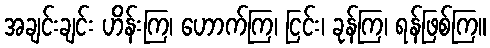
အချင်းချင်း ဟိန်းကြ၊ ဟောက်ကြ၊ ငြင်း၊ ခုန်ကြ၊ ရန်ဖြစ်ကြ။